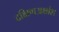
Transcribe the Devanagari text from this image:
दक्षिणअक्षांश